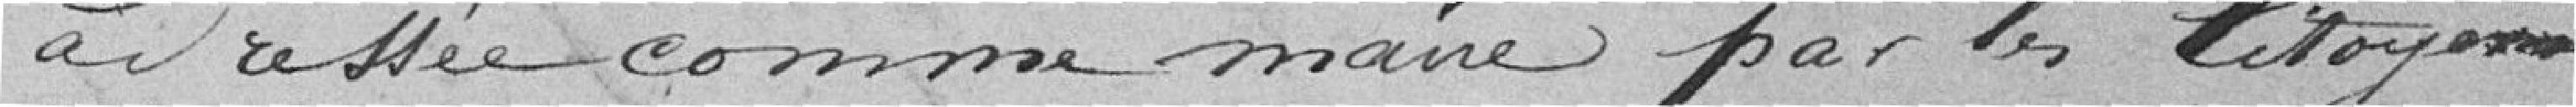
adresser comme maire par les citoyens